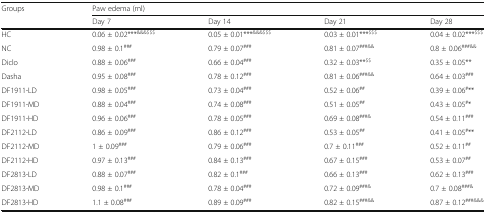
| <ROWSPAN=2> Groups | <COLSPAN=4> Paw edema (ml) |
 | Day 7 | Day 14 | Day 21 | Day 28 |
 | --- | --- | --- | --- | --- |
 | HC | 0.06 ± 0.02***&&&$$$ | 0.05 ± 0.01***&&&$$$ | 0.03 ± 0.01***$$$ | 0.04 ± 0.02***$$$ |
 | NC | 0.98 ± 0.1### | 0.79 ± 0.07### | 0.81 ± 0.07###&& | 0.8 ± 0.06###&& |
 | Diclo | 0.88 ± 0.06### | 0.66 ± 0.04### | 0.32 ± 0.03**$$ | 0.35 ± 0.05** |
 | Dasha | 0.95 ± 0.08### | 0.78 ± 0.12### | 0.81 ± 0.06###&& | 0.64 ± 0.03### |
 | DF1911-LD | 0.98 ± 0.05### | 0.73 ± 0.04### | 0.52 ± 0.06## | 0.39 ± 0.06#** |
 | DF1911-MD | 0.88 ± 0.04### | 0.74 ± 0.08### | 0.51 ± 0.05## | 0.43 ± 0.05#* |
 | DF1911-HD | 0.96 ± 0.06### | 0.78 ± 0.05### | 0.69 ± 0.08###& | 0.54 ± 0.11### |
 | DF2112-LD | 0.86 ± 0.09### | 0.86 ± 0.12### | 0.53 ± 0.05## | 0.41 ± 0.05#** |
 | DF2112-MD | 1 ± 0.09### | 0.79 ± 0.06### | 0.7 ± 0.11### | 0.52 ± 0.11## |
 | DF2112-HD | 0.97 ± 0.13### | 0.84 ± 0.13### | 0.67 ± 0.15### | 0.53 ± 0.07## |
 | DF2813-LD | 0.88 ± 0.07### | 0.82 ± 0.1### | 0.66 ± 0.13### | 0.62 ± 0.13### |
 | DF2813-MD | 0.98 ± 0.1### | 0.78 ± 0.04### | 0.72 ± 0.09###& | 0.7 ± 0.08###& |
 | DF2813-HD | 1.1 ± 0.08### | 0.89 ± 0.09### | 0.82 ± 0.15###&& | 0.87 ± 0.12###&&& |